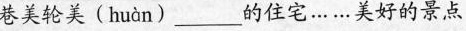
巷美轮美( huàn )___的住宅……美好的景点